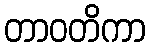
တာဝတိကာ